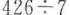
$$4 2 6 {\div} 7